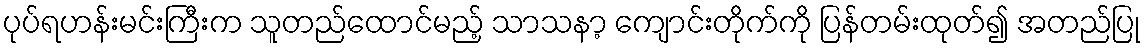
ပုပ်ရဟန်းမင်းကြီးက သူတည်ထောင်မည့် သာသနာ့ ကျောင်းတိုက်ကို ပြန်တမ်းထုတ်၍ အတည်ပြု